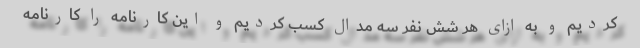
کردیم و به ازای هر شش نفر سه مدال کسب کردیم و این کارنامه را کارنامه